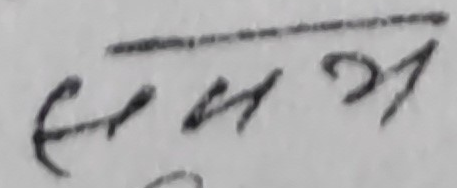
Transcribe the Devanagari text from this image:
एका २१